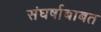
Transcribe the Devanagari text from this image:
संघर्षाबाबत